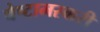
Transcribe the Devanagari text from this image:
चेष्टामस्करी